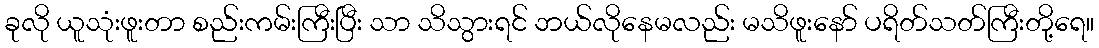
ခုလို ယူသုံးဖူးတာ စည်းကမ်းကြီးပြီး သာ သိသွားရင် ဘယ်လိုနေမလည်း မသိဖူးနော် ပရိတ်သတ်ကြီးတို့ရေ။